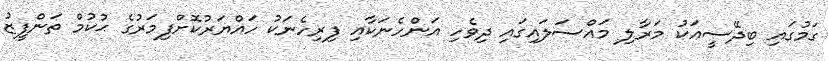
ގަމުގައި ބިދޭސީއަކު މަރާލި މައްސަލައިގައި ދިވެހި އަންހެނަކާއި ފިރިހެނަކު ހައްޔަރުކޮށްފިމަރުގެ ޙުކުމް ތަންފީޒު